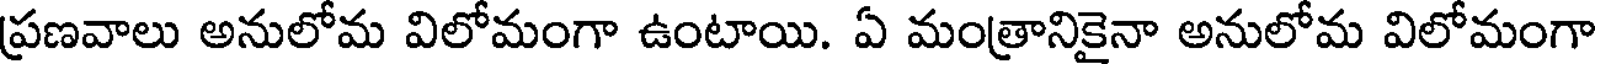
ప్రణవాలు అనులోమ విలోమంగా ఉంటాయి. ఏ మంత్రానికైనా అనులోమ విలోమంగా